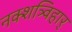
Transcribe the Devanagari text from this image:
नक्शत्र्विहार्